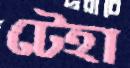
টেহা